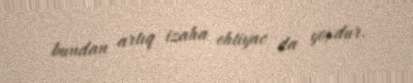
bundan artıq izaha ehtiyac da yoxdur.